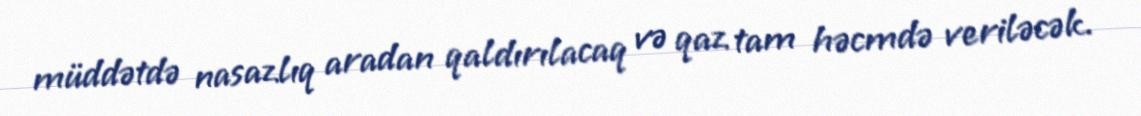
müddətdə nasazlıq aradan qaldırılacaq və qaz tam həcmdə veriləcək.